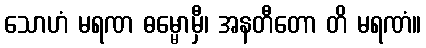
သောဟံ မရဏ ဓမ္မောမှီ၊ အနတီတော တိ မရဏံ။